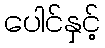
ပေါင်နှင့်